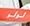
لولو